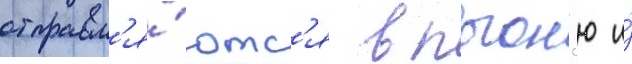
отправл'я́ютс'я в погон'ю и́